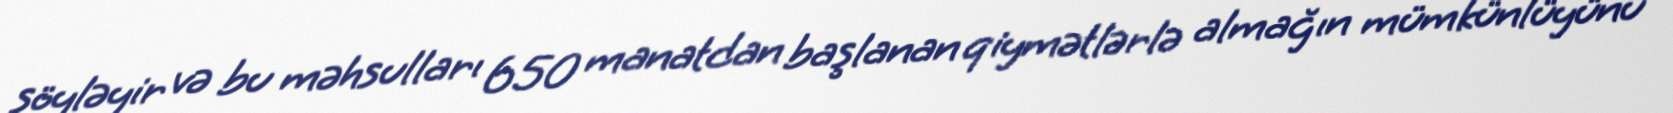
söyləyir və bu məhsulları 650 manatdan başlanan qiymətlərlə almağın mümkünlüyünü